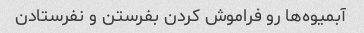
آبمیوه‌ها رو فراموش کردن بفرستن و نفرستادن